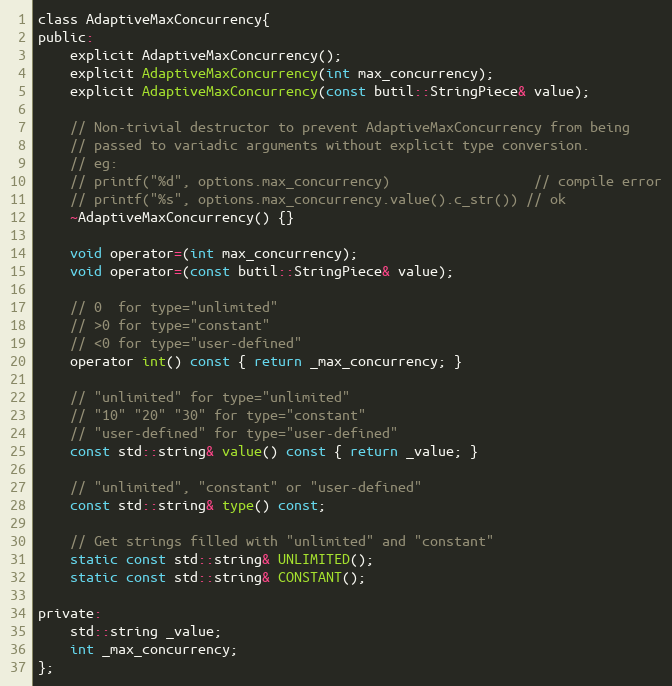
Language: C
class AdaptiveMaxConcurrency{
public:
    explicit AdaptiveMaxConcurrency();
    explicit AdaptiveMaxConcurrency(int max_concurrency);
    explicit AdaptiveMaxConcurrency(const butil::StringPiece& value);

    // Non-trivial destructor to prevent AdaptiveMaxConcurrency from being
    // passed to variadic arguments without explicit type conversion.
    // eg:
    // printf("%d", options.max_concurrency)                  // compile error
    // printf("%s", options.max_concurrency.value().c_str()) // ok
    ~AdaptiveMaxConcurrency() {}

    void operator=(int max_concurrency);
    void operator=(const butil::StringPiece& value);

    // 0  for type="unlimited"
    // >0 for type="constant"
    // <0 for type="user-defined"
    operator int() const { return _max_concurrency; }

    // "unlimited" for type="unlimited"
    // "10" "20" "30" for type="constant"
    // "user-defined" for type="user-defined"
    const std::string& value() const { return _value; }

    // "unlimited", "constant" or "user-defined"
    const std::string& type() const;

    // Get strings filled with "unlimited" and "constant"
    static const std::string& UNLIMITED();
    static const std::string& CONSTANT();

private:
    std::string _value;
    int _max_concurrency;
};